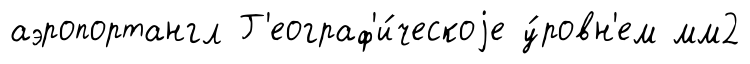
аэропортангл Г'еограф'и́ческоjе у́ровн'ем мм2